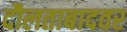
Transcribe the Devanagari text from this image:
दौलताबादवर